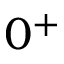
0 ^ { + }